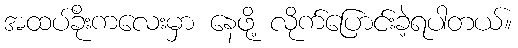
အထပ်ခိုးကလေးမှာ နေဖို့ လိုက်ပြောင်းခဲ့ရပါတယ်။